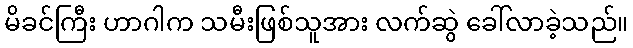
မိခင်ကြီး ဟာဂါက သမီးဖြစ်သူအား လက်ဆွဲ ခေါ်လာခဲ့သည်။